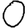
Digit: 0